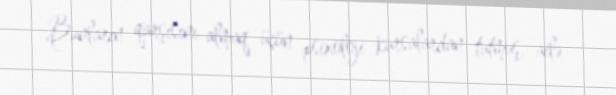
Bunların qarşısını almaq üçün psixoloji kursalardan tutmuş, ailə